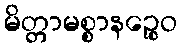
မိတ္တာမစ္စာနဉ္စေဝ